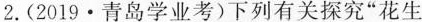
2.(2019·青岛学业考)下列有关探究”花生